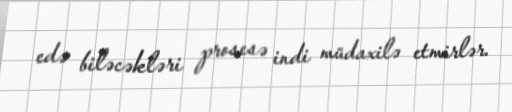
edə biləcəkləri prosesə indi müdaxilə etmirlər.